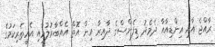
ރާއްޖެ އާއި އިންޑިއާއާ ދެމެދު ޑިފެންސްގެ ދާއިރާ އިން އޮތް އެއްބާރުލުމާއި އެހީތެރިކަމުގެ